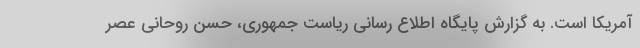
آمریکا است. به گزارش پایگاه اطلاع رسانی ریاست جمهوری، حسن روحانی عصر